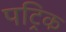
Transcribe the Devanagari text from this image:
पट्रिक